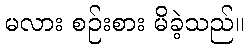
မလား စဉ်းစား မိခဲ့သည်။